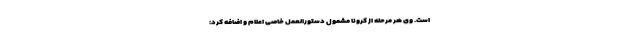
است. وی هر مرحله از کرونا مشمول دستورالعمل خاصی اعلام و اضافه کرد: